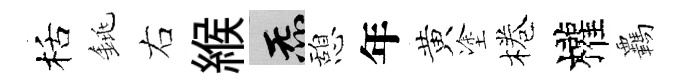
栝銚右緱炁憩年黄塗棬權覊